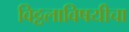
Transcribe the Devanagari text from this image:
विठ्ठलाविषयीचा